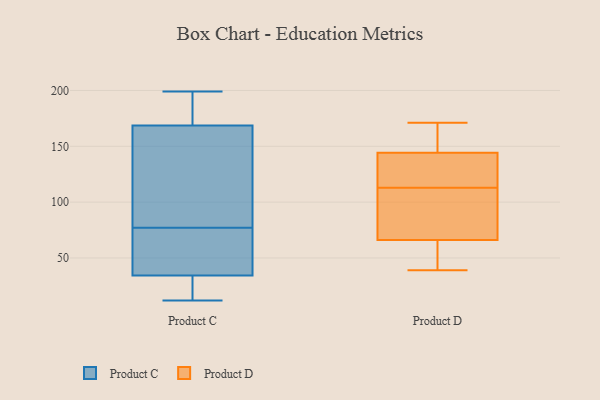
{"axis": {"x": "Inventory Turnover", "y": "Value"}, "legend": ["Product C", "Product D"], "data": [{"x": "", "y": 148, "type": "Product C"}, {"x": "", "y": 37, "type": "Product C"}, {"x": "", "y": 116, "type": "Product C"}, {"x": "", "y": 183, "type": "Product C"}, {"x": "", "y": 167, "type": "Product C"}, {"x": "", "y": 57, "type": "Product C"}, {"x": "", "y": 26, "type": "Product C"}, {"x": "", "y": 62, "type": "Product C"}, {"x": "", "y": 24, "type": "Product C"}, {"x": "", "y": 77, "type": "Product C"}, {"x": "", "y": 196, "type": "Product C"}, {"x": "", "y": 37, "type": "Product C"}, {"x": "", "y": 146, "type": "Product C"}, {"x": "", "y": 12, "type": "Product C"}, {"x": "", "y": 26, "type": "Product C"}, {"x": "", "y": 199, "type": "Product C"}, {"x": "", "y": 174, "type": "Product C"}, {"x": "", "y": 171, "type": "Product D"}, {"x": "", "y": 39, "type": "Product D"}, {"x": "", "y": 154, "type": "Product D"}, {"x": "", "y": 145, "type": "Product D"}, {"x": "", "y": 113, "type": "Product D"}, {"x": "", "y": 142, "type": "Product D"}, {"x": "", "y": 65, "type": "Product D"}, {"x": "", "y": 114, "type": "Product D"}, {"x": "", "y": 101, "type": "Product D"}, {"x": "", "y": 138, "type": "Product D"}, {"x": "", "y": 69, "type": "Product D"}, {"x": "", "y": 145, "type": "Product D"}, {"x": "", "y": 87, "type": "Product D"}, {"x": "", "y": 62, "type": "Product D"}, {"x": "", "y": 62, "type": "Product D"}]}